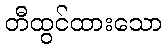
တီထွင်ထားသော